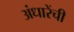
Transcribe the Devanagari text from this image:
अंधारेंची